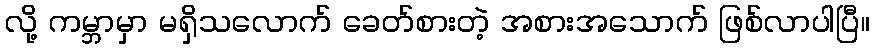
လို့ ကမ္ဘာမှာ မရှိသလောက် ခေတ်စားတဲ့ အစားအသောက် ဖြစ်လာပါပြီ။